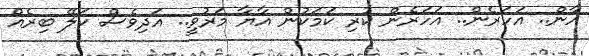
އާން.. އަހަރެން.. އަހަރެން ކުރި ކަމަކުން އާޔާ މަރުވީ.. އަދިވެސް ކަލޭ ބިރެއް